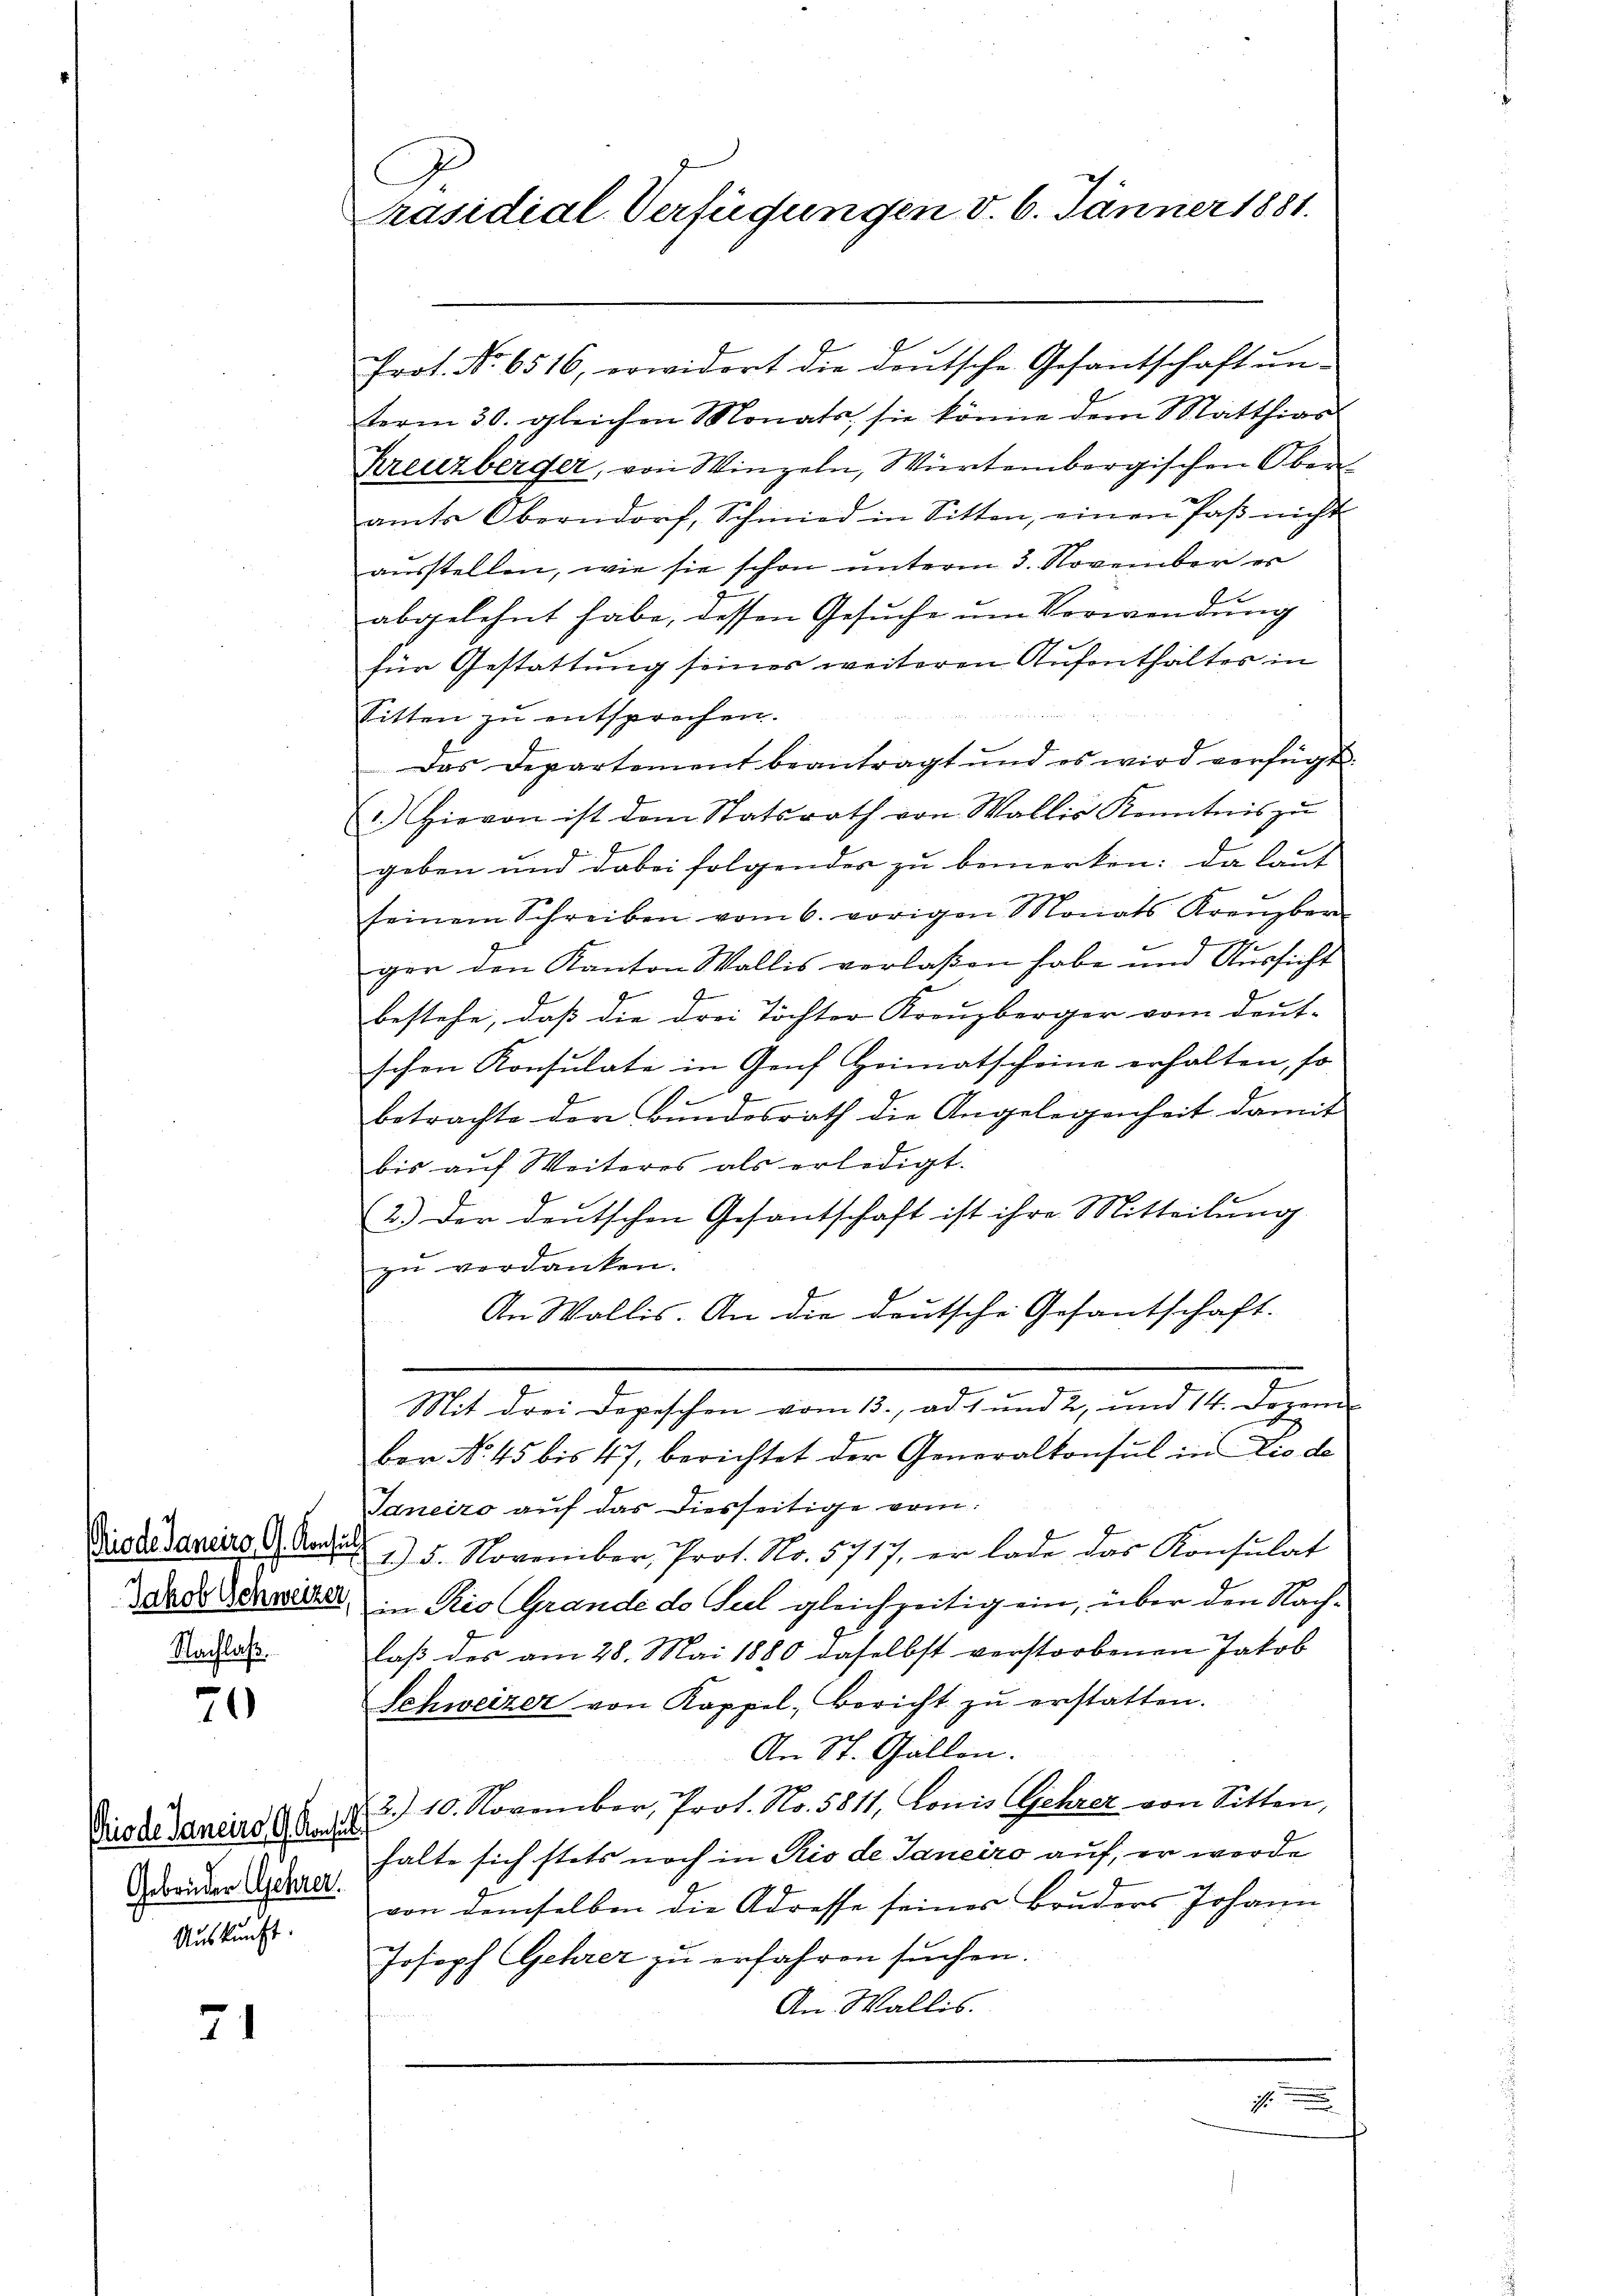
Priode Janeiro G. Konsul
Nachlaß.

70

Gebrüder Gehrer.
Auskunft.

71

Präsidial-Verfügungen d. 6. Jänner 1881.

Prot. No. 6516, erwidert die deutsche Gesantschaft ŭn-
term 30. gleichen Monats, sie könne dem Matthias
Kreuzberger, von Winzeln, Würtembergischen Ober
amts Oberndorf, Schmied in Sitten, einen Paß nicht
ausstellen, wie sie schon unterm 3. November es
abgelehnt habe, dessen Gesuche um Verwendung
für Gestattung seines weiteren Aufenthaltes in
Sitten zu entsprechen.
Das Departement beantragt und es wird verfügt:
) Hievon ist dem Statsrath von Wallis Kenntnis zŭ
geben und dabei folgender zu bemerken: Da laut
seinem Schreiben vom 6. vorigen Monats Kreuzber
ger den Kanton Wallis verlaßen habe und Aussicht
bestehe, daß die drei Töchter Kreuzberger vom deut-
schen Konsulate in Genf Heimatscheine erhalten, so
1.
betrachte der Bundesrath die Angelegenheit damit
bis auf Weiteres als erledigt.
2.) Der deutschen Gesantschaft ist ihre Mitteilung
zŭ verdanken.
An Wallis. An die deutsche Gesantschaft.
Mit drei Depeschen vom 13. ad 1 und 2, und 14. Dezem-
ber No. 45 bis 47, berichtet der Generalkonsul in Dio de
Janeiro auf das diesseitige vom
1) 5. November, Prot. No. 5717, er lade das Konsulat
dade dawider, Rio (Grande de Seel gleichzeitig ein, über den Nachlaß des am 28. Mai 1880 daselbst verstorbenen Jakob
Schweizer von Kappel, Bericht zŭ erstatten.
An St. Gallen.
Diode danars (E. 12. 3. 10. November, Prot. No. 5811, Conis Gehrer von Sitten,
halte sich stets noch in Rio de Janeiro auf, er werde
von demselben die Adresse seines Bruders Johann
Joseph Gehrer zu erfahren suchen.
An Wallis.

1